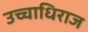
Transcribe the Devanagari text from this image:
उच्चाधिराज